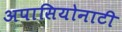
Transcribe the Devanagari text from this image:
अपासियोनाटी